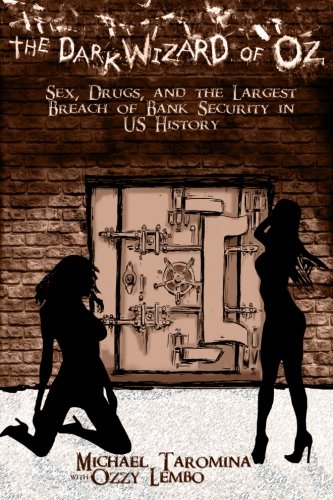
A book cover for The Dark Wizard Of Oz: Sex, Drugs and The Largest Breach of Bank Security in US History; Ozzy Lembo; Biographies & Memoirs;